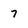
Character: 7